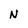
Character: N